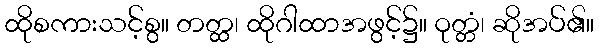
ထိုစကားသင့်စွ။ တတ္ထ၊ ထိုဂါထာအဖွင့်၌။ ဝုတ္တံ၊ ဆိုအပ်၏။